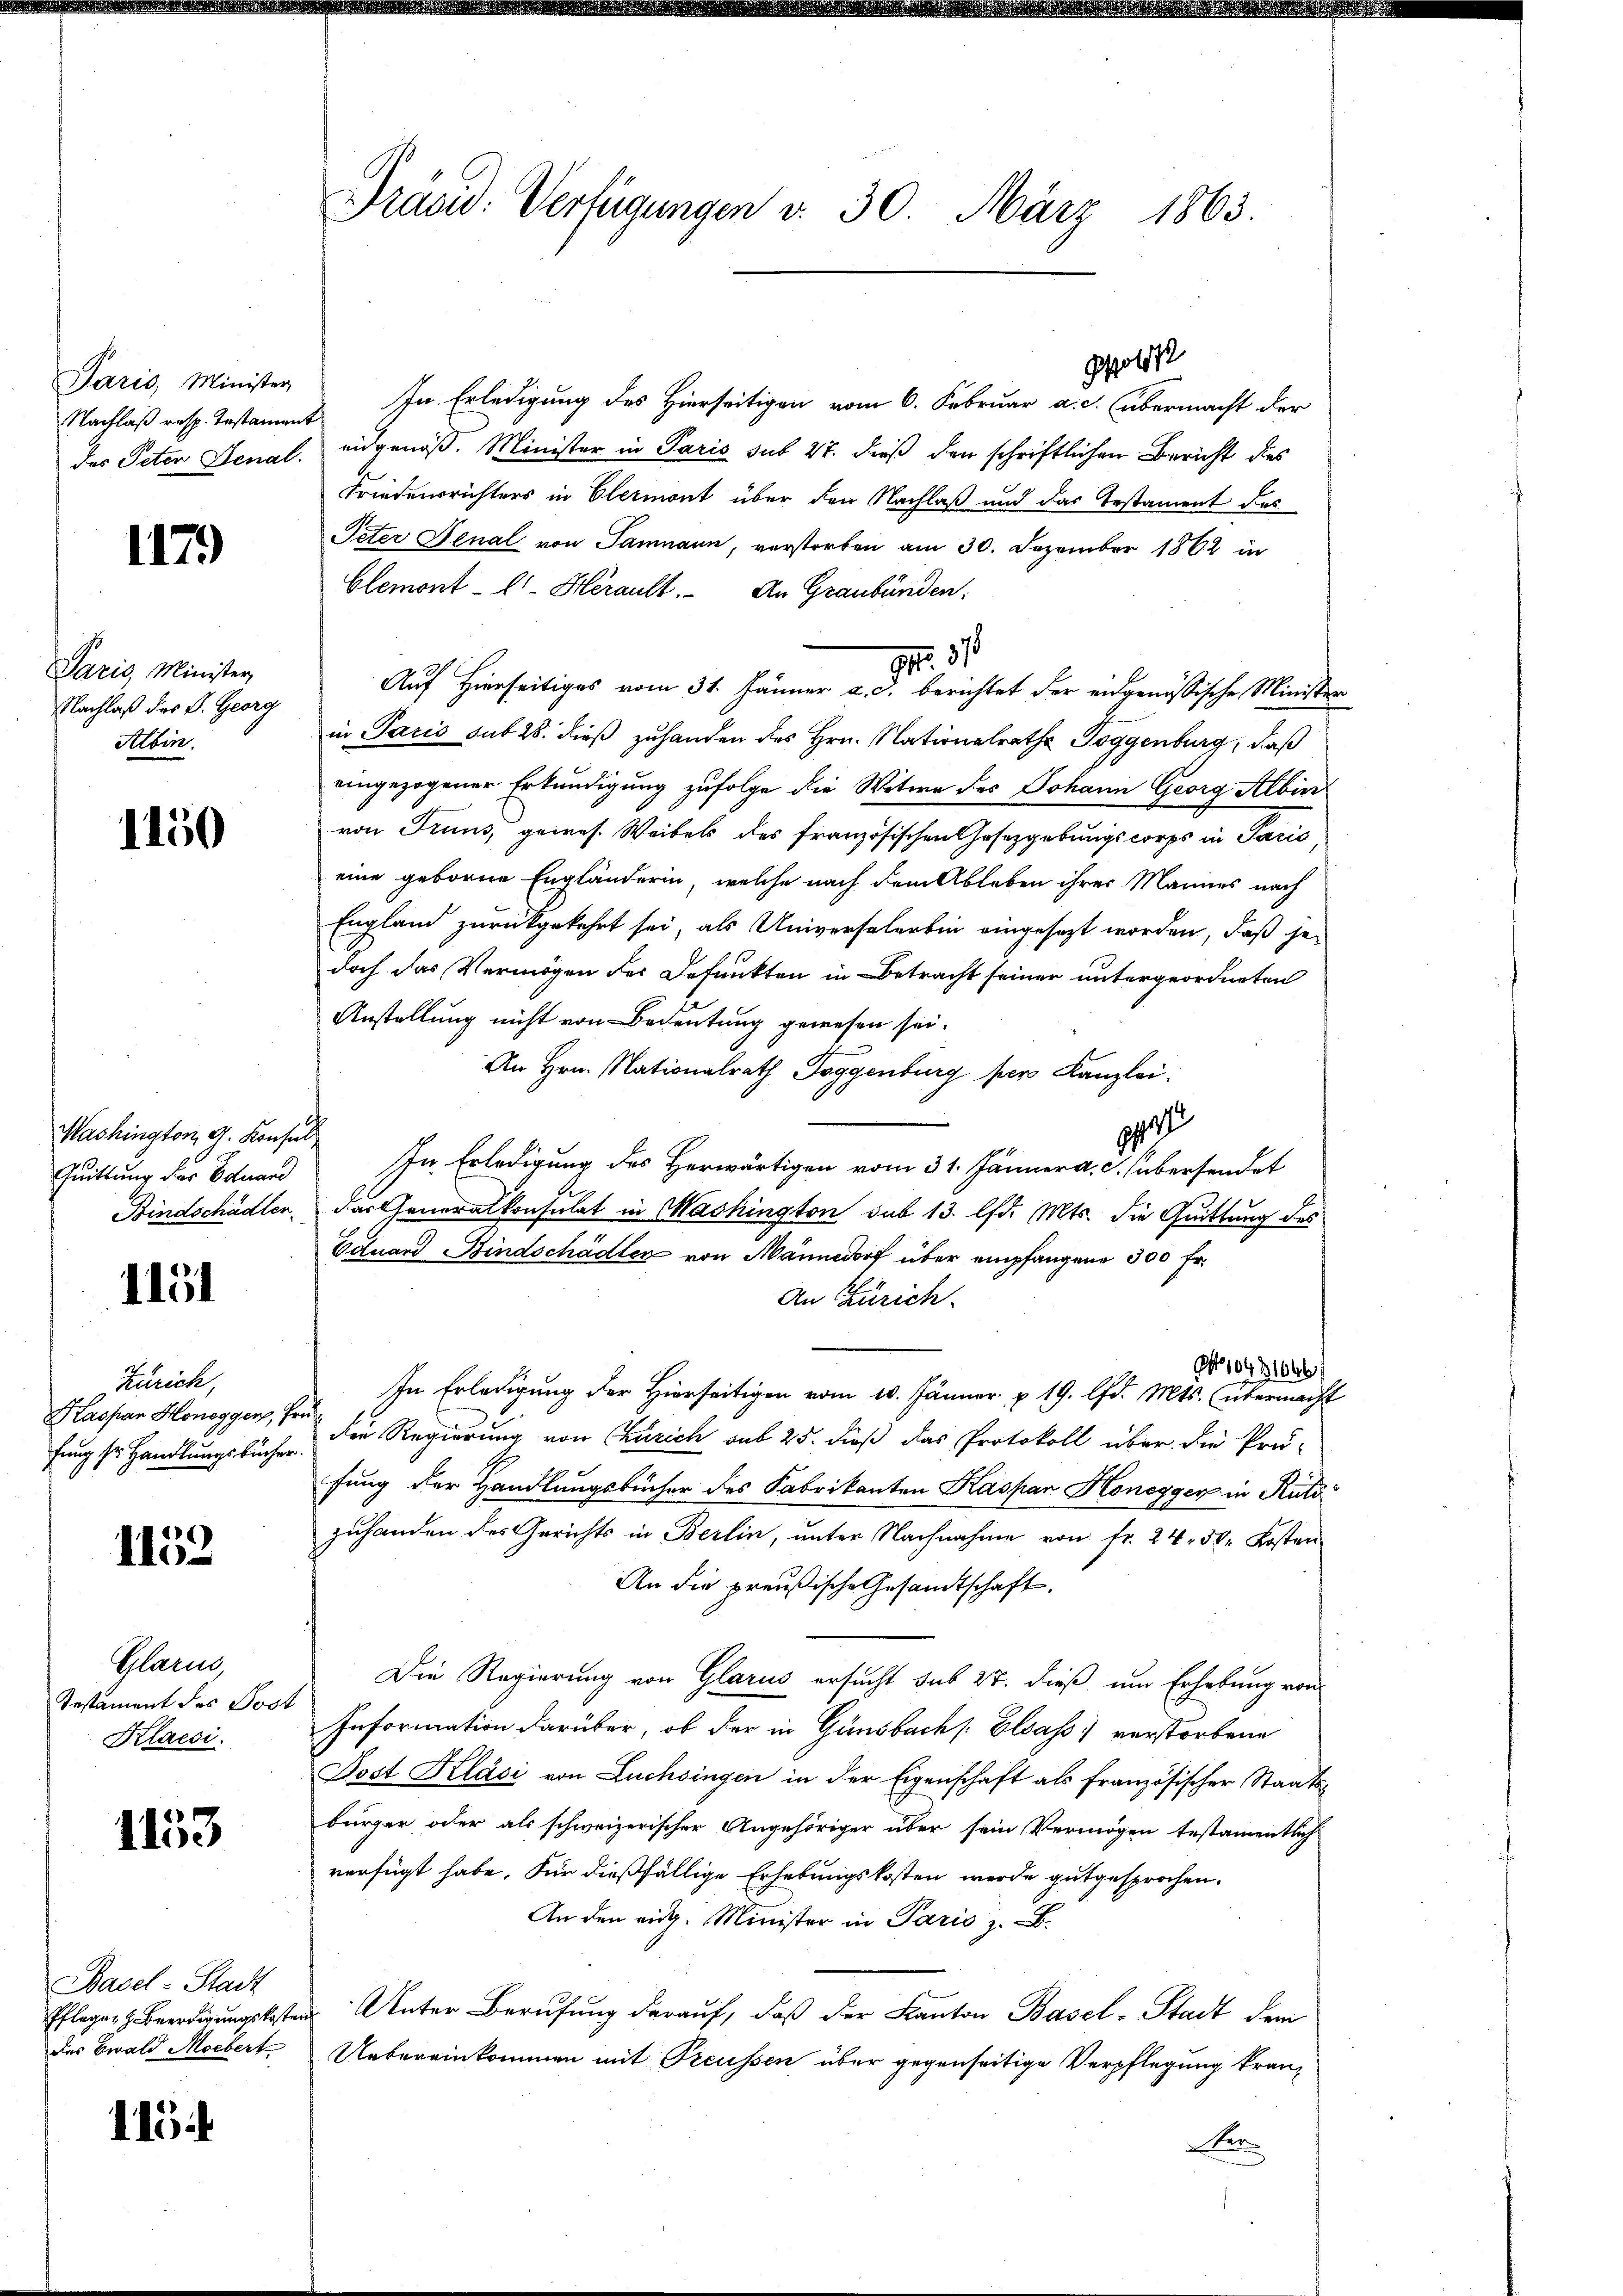
Paris, Minister

1179

Paris, Minister,
Nachlaß des P. Georg
Albin.

1150

Mashington, 4. Konsul
Quittung der Bolnand

1151

Zürich,
Haspar Honegger,
fung sr Handlungsbücher

1152

Glarn
Testament des Jos
Klacsi.

1153

Basel-Stadt
Pfleger Beerdigungskost
des Ewald Moebert

1154

Pravid: Verfügungen v. 30. März 1863.

Nachlaß resp. Testament. In Erledigung des Hierseitigen vom 6. Februar a. c. übermacht der
des Peter Genal. eidgenöß. Minister in Paris sub 27. dieß den schriftlichen Bericht dies
Friedensrichters in Elermont über den Nachlaß und das Testament des
Peter Senal von Samnaun, verstorben am 30. Dezember 1862 in
Clemont - lt. Herault. An Graubünden.
G. 37
Auf Hierseitiges vom 31. Jänner a. d. berichtet der eidgenössische Ministra
in Paris sub 28. dieß zuhanden des Hrn. Nationalraths Toggenburg, daß
eingezogener Erkundigung zufolge die Witwe des Johann Georg Albin
von Truns, gewes. Weibels des französischen Gesetzgebungscorps in Paris
eine geborne Engländerin, welche nach dem Ableben ihrer Mannes nach
England zurückgekehrt sei, als Universalerbin eingesezt worden, daß jedoch das Vermögen des Befunkten in Betracht seiner untergeordneten
Anstellung nicht von Bedeutung gewesen sei.
An Hrn. Nationalrath Toggenburg per Kanzlei.
1
In Erledigung des Herwärtigen vom 31. Jänner a. c. übersendet
Bindschädler, das Generalkonsulat in Mashington sub 13. lfd. Mts. die Quittung des
Eduard Kindschädler von Männedorf über empfangene 300 Fr.
An Zürich.
o 10431646/
In Erledigung der Hierseitigen vom 10. Jänner p. 19. lfd. Mts. übermacht
 Die Regierung von Churich aus 25. dieß das Protokoll über die Prü-
fung der Handlungsbücher des Fabrikanton Kaspar Honegger in Rüti
zuhanden des Gerichts in Berlin, unter Nachnahme von fr. 24. 50. Kosten
An die preußische Gesandtschaft.
Die Regierung von Glarus ersucht sub 27. dieß um Erhebung von
Information darüber, ob der in Gänsbach Elsass verstorbene
Post Kläsi von Luchsingen in der Eigenschaft als französischer Staatsbürger oder als schweizerischer Angehöriger über sein Vermögen testamentlich
verfügt habe. Für dießfällige Erhebungskosten werde gutgesprochen.
An den eidg. Minister in Paris z. B.
Unter Berufung darauf, daß der Kanton Basel-Stadt dem
Uebereinkommen mit Treussen über gegenseitige Verpflegung kranen.

472